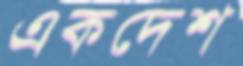
একদেশ